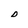
Character: D